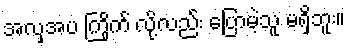
အလှအပ ကြိုက် လို့လည်း ပြောမဲ့သူ မရှိဘူး။